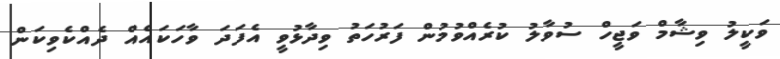
ވަކީލު ވިޝާމް ވަޖީހް ސުވާލު ކުރެއްވުމުން ފަރުހަތު ވިދާޅުވީ އެފަދަ ވާހަކައެއް ދެއްކެވިކަން